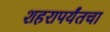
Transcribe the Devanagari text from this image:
शहरापर्यंतचा